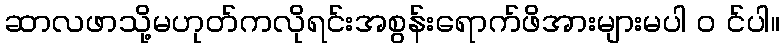
ဆာလဖာသို့မဟုတ်ကလိုရင်းအစွန်းရောက်ဖိအားများမပါ ၀ င်ပါ။